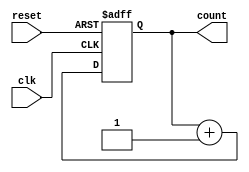
module ripple_counter (
    input wire clk,        // Clock input
    input wire reset,      // Asynchronous reset input
    output reg [n-1:0] count // n-bit counter output
);
    parameter n = 4; // Set the bit width of the counter (default is 4 bits)

    always @(posedge clk or posedge reset) begin
        if (reset) begin
            count <= 0; // Reset the counter to zero
        end else begin
            count <= count + 1; // Increment the counter
        end
    end

endmodule